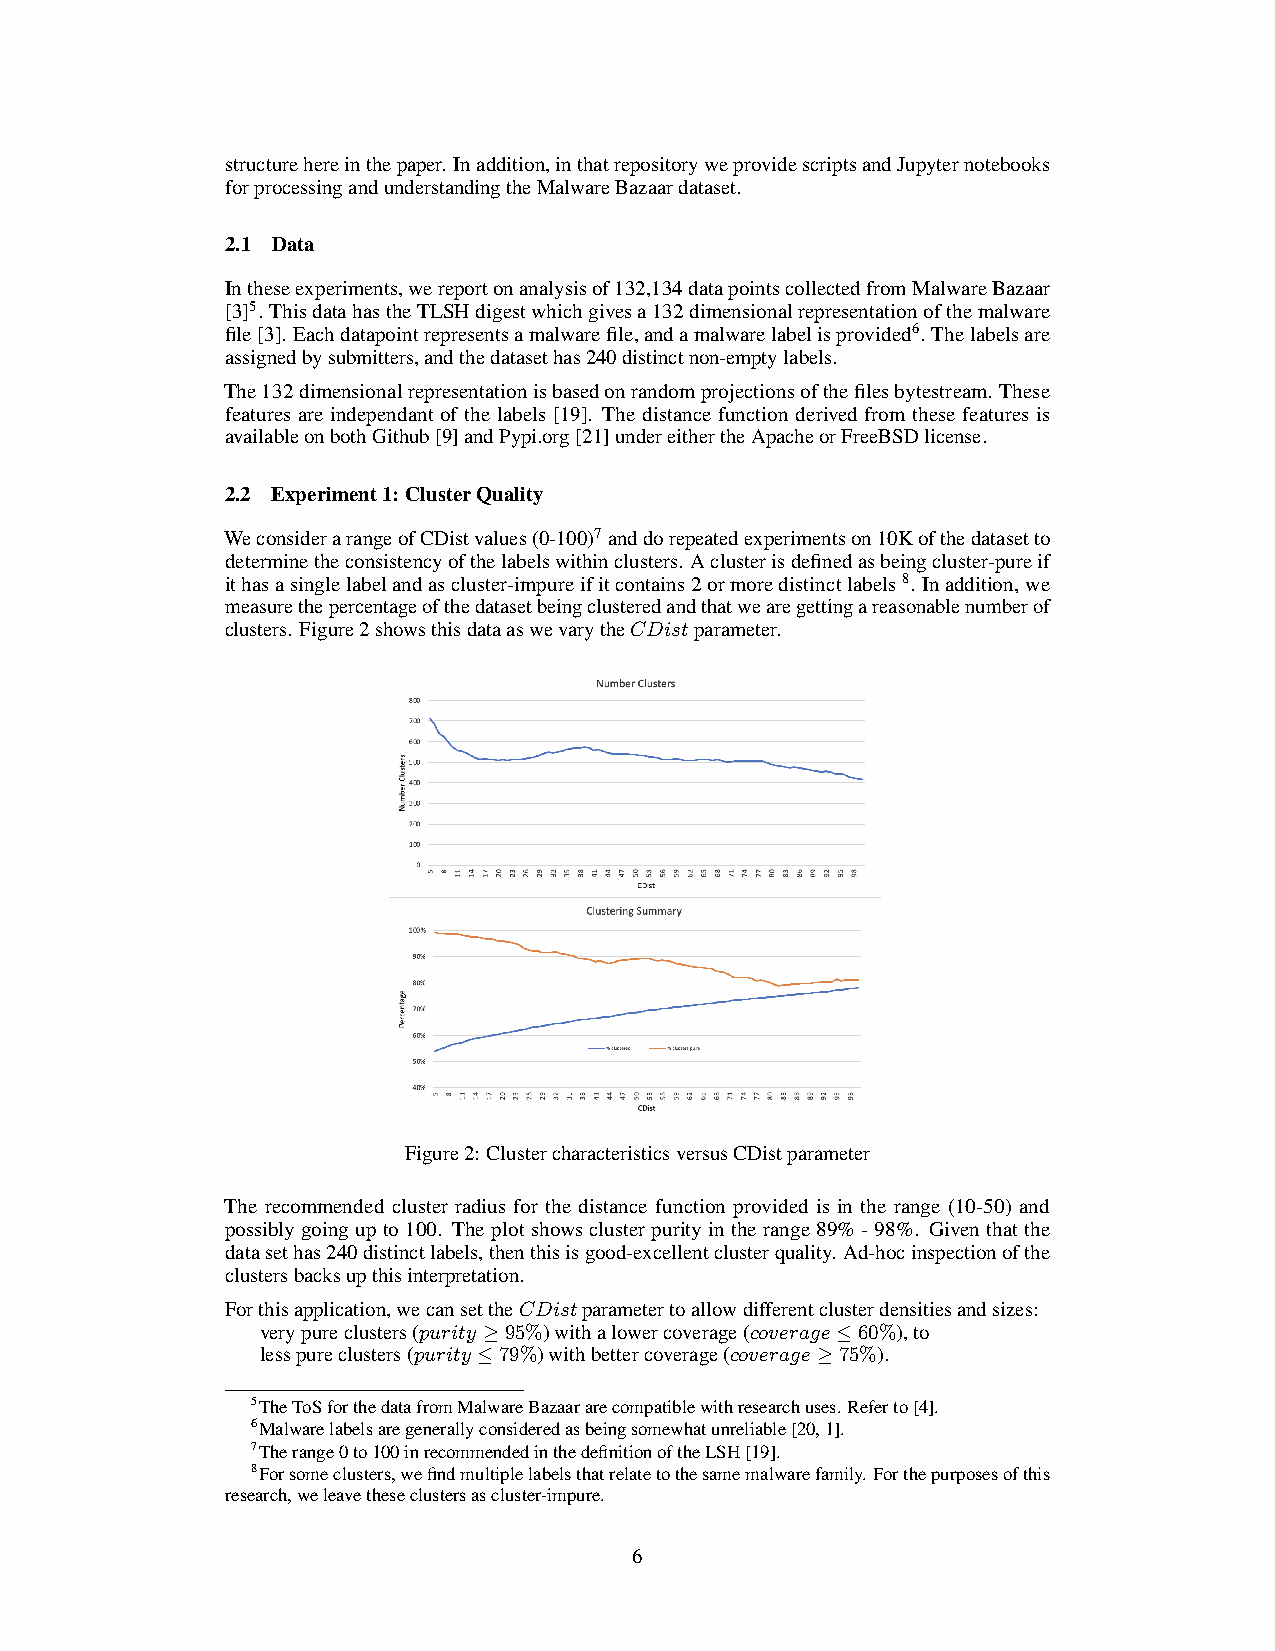
structurehereinthepaper. Inaddition,inthatrepositoryweprovidescriptsandJupyternotebooks
 forprocessingandunderstandingtheMalwareBazaardataset.
 2.1 Data
 Intheseexperiments,wereportonanalysisof132,134datapointscollectedfromMalwareBazaar
 [3]5. ThisdatahastheTLSHdigestwhichgivesa132dimensionalrepresentationofthemalware
 file[3]. Eachdatapointrepresentsamalwarefile,andamalwarelabelisprovided6. Thelabelsare
 assignedbysubmitters,andthedatasethas240distinctnon-emptylabels.
 The132dimensionalrepresentationisbasedonrandomprojectionsofthefilesbytestream. These
 features are independant of the labels [19]. The distance function derived from these features is
 availableonbothGithub[9]andPypi.org[21]undereithertheApacheorFreeBSDlicense.
 2.2 Experiment1: ClusterQuality
 WeconsiderarangeofCDistvalues(0-100)7anddorepeatedexperimentson10Kofthedatasetto
 determinetheconsistencyofthelabelswithinclusters. Aclusterisdefinedasbeingcluster-pureif
 ithasasinglelabelandascluster-impureifitcontains2ormoredistinctlabels8. Inaddition,we
 measurethepercentageofthedatasetbeingclusteredandthatwearegettingareasonablenumberof
 clusters. Figure2showsthisdataaswevarytheCDistparameter.
 Figure2: ClustercharacteristicsversusCDistparameter
 The recommended cluster radius for the distance function provided is in the range (10-50) and
 possiblygoingupto100. Theplotshowsclusterpurityintherange89%-98%. Giventhatthe
 datasethas240distinctlabels,thenthisisgood-excellentclusterquality. Ad-hocinspectionofthe
 clustersbacksupthisinterpretation.
 Forthisapplication,wecansettheCDistparametertoallowdifferentclusterdensitiesandsizes:
 verypureclusters(purity ≥95%)withalowercoverage(coverage≤60%),to
 lesspureclusters(purity ≤79%)withbettercoverage(coverage≥75%).
 5TheToSforthedatafromMalwareBazaararecompatiblewithresearchuses.Referto[4].
 6Malwarelabelsaregenerallyconsideredasbeingsomewhatunreliable[20,1].
 7Therange0to100inrecommendedinthedefinitionoftheLSH[19].
 8Forsomeclusters,wefindmultiplelabelsthatrelatetothesamemalwarefamily.Forthepurposesofthis
 research,weleavetheseclustersascluster-impure.
 6